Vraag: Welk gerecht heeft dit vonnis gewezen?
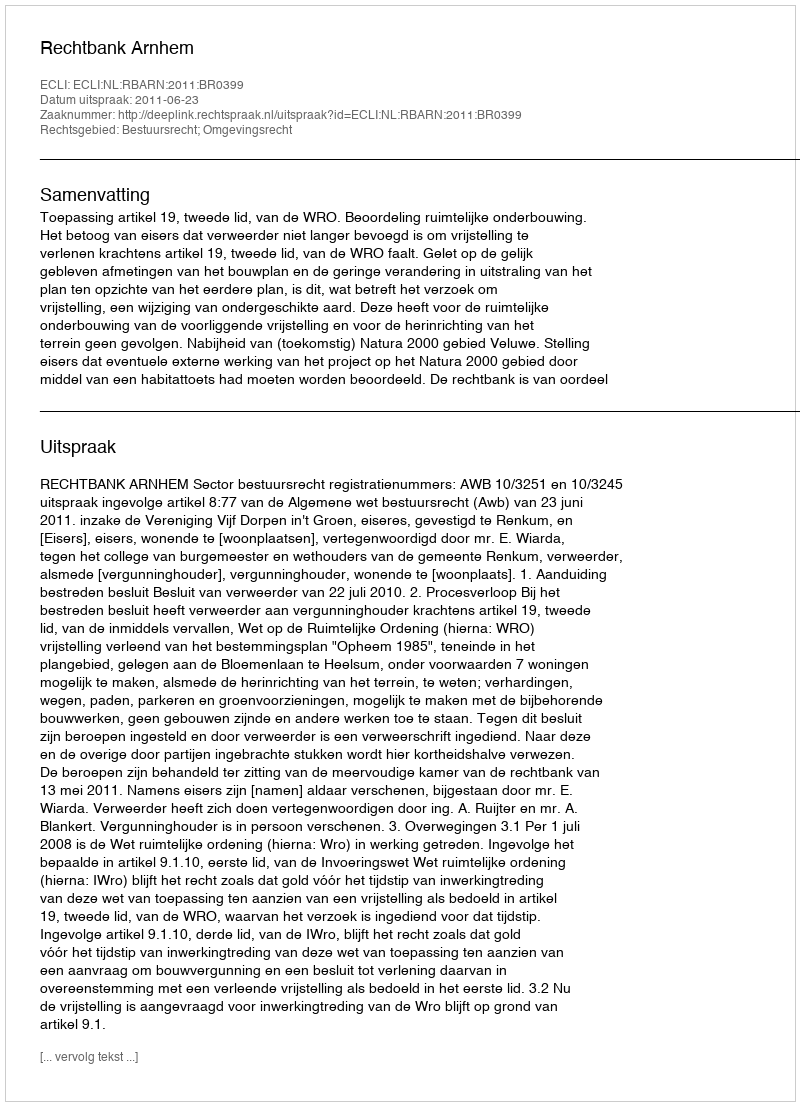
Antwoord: Rechtbank Arnhem